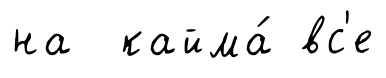
на кайма́ вс'е